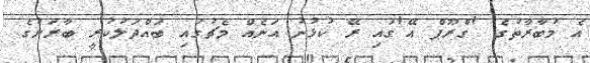
އެ މުބާރާތުގެ 'ގްރޫޕް އޭ'ގައި ރޭ ކުޅުނު އަނެއް މެޗުގައި ބައްދަލުކުރީ ބާރަށުގެ